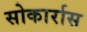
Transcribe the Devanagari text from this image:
सोकार्रास